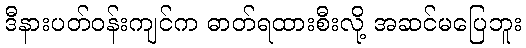
ဒီနားပတ်ဝန်းကျင်က ဓာတ်ရထားစီးလို့ အဆင်မပြေဘူး